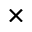
\times